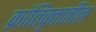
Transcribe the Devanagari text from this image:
क्रांतिवृत्तातील